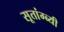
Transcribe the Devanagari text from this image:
सूतांग्ब्यी